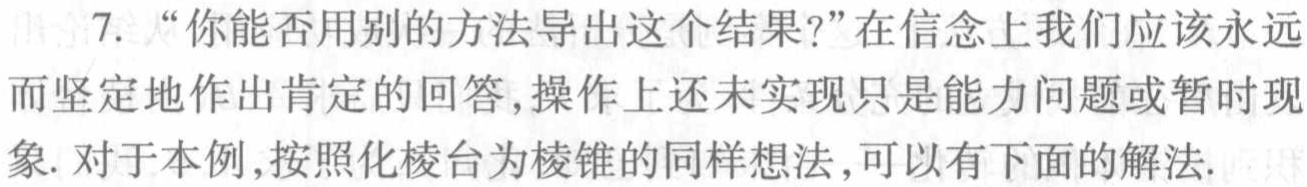
7. “你能否用别的方法导出这个结果?”在信念上我们应该永远
而坚定地作出肯定的回答,操作上还未实现只是能力问题或暂时现
象. 对于本例,按照化棱台为棱锥的同样想法,可以有下面的解法.